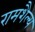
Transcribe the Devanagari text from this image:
रामशैल्य